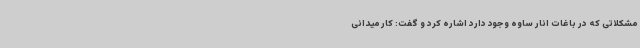
مشکلاتی که در باغات انار ساوه وجود دارد اشاره کرد و گفت: کار میدانی